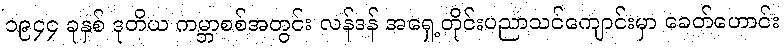
၁၉၄၄ ခုနှစ် ဒုတိယ ကမ္ဘာစစ်အတွင်း လန်ဒန် အရှေ့တိုင်းပညာသင်ကျောင်းမှာ ခေတ်ဟောင်း